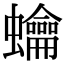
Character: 𧕋